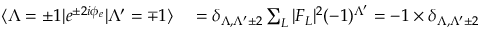
\begin{array} { r l } { \langle \Lambda = \pm 1 | e ^ { \pm 2 i \phi _ { e } } | \Lambda ^ { \prime } = \mp 1 \rangle } & { { } = \delta _ { \Lambda , \Lambda ^ { \prime } \pm 2 } \sum _ { L } | F _ { L } | ^ { 2 } ( - 1 ) ^ { \Lambda ^ { \prime } } = - 1 \times \delta _ { \Lambda , \Lambda ^ { \prime } \pm 2 } } \end{array}